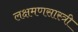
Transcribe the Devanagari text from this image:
लक्षमणसास्त्री